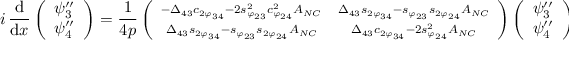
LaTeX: i \, \frac { \mathrm { d } } { \mathrm { d } x } \left( \begin{array} { c } { { \psi _ { 3 } ^ { \prime \prime } } } \\ { { \psi _ { 4 } ^ { \prime \prime } } } \end{array} \right) = \frac { 1 } { 4 p } \left( \begin{array} { c c } { { \scriptstyle - \Delta _ { 4 3 } c _ { 2 \varphi _ { 3 4 } } - 2 s _ { \varphi _ { 2 3 } } ^ { 2 } c _ { \varphi _ { 2 4 } } ^ { 2 } A _ { N C } } } & { { \scriptstyle \Delta _ { 4 3 } s _ { 2 \varphi _ { 3 4 } } - s _ { \varphi _ { 2 3 } } s _ { 2 \varphi _ { 2 4 } } A _ { N C } } } \\ { { \scriptstyle \Delta _ { 4 3 } s _ { 2 \varphi _ { 3 4 } } - s _ { \varphi _ { 2 3 } } s _ { 2 \varphi _ { 2 4 } } A _ { N C } } } & { { \scriptstyle \Delta _ { 4 3 } c _ { 2 \varphi _ { 3 4 } } - 2 s _ { \varphi _ { 2 4 } } ^ { 2 } A _ { N C } } } \end{array} \right) \left( \begin{array} { c } { { \psi _ { 3 } ^ { \prime \prime } } } \\ { { \psi _ { 4 } ^ { \prime \prime } } } \end{array} \right) \, ,